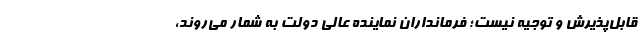
قابل‌پذیرش و توجیه نیست؛ فرمانداران نماینده عالی دولت به شمار می‌روند،